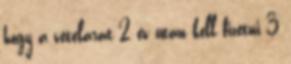
hogy a vételárat 2 év után kell fizetni 3